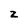
Character: 2